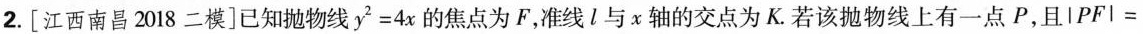
2.[江西南昌2018二模]已知抛物线$$y^{2} = 4 x$$的焦点为F，准线l与x轴的交点为K.若该抛物线上有一点P，且$$\left | P F \right | =